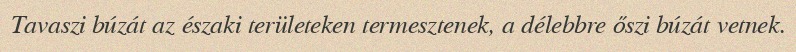
Tavaszi búzát az északi területeken termesztenek, a délebbre őszi búzát vetnek.